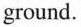
ground.